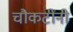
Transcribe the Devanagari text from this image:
चौकटींनी